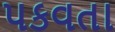
પકવતા